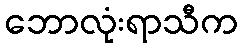
ဘောလုံးရာသီက